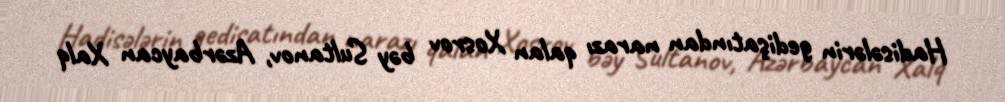
Hadisələrin gedişatından narazı qalan Xosrov bəy Sultanov, Azərbaycan Xalq